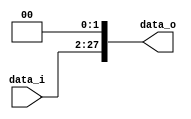
module Shift_left2_26bit(
	data_i,
	data_o
);

input [25:0] data_i;
output [27:0] data_o;

assign data_o = {data_i[25:0], 2'b0};

endmodule